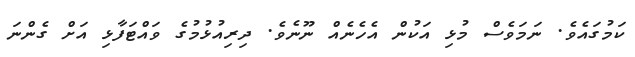
ކަމުގައެވެ. ނަމަވެސް މުޅި އަކުން އެހެނެއް ނޫނެވެ. ދިރިއުޅުމުގެ ވައްޓަފާޅި އަށް ގެންނަ